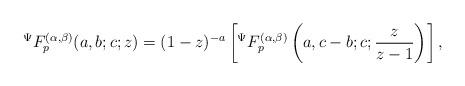
LaTeX: \begin{align*}{}^{\Psi}F_{p}^{(\alpha,\beta)}(a,b;c;z)=(1-z)^{-a}\left[ {}^{\Psi}F_{p}^{(\alpha,\beta)}\left( a,c-b;c;\frac{z}{z-1}\right) \right],\end{align*}